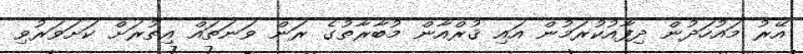
އޭރު މައުހަދުން ދިފާއުކުރަމުން އައި ޤުރްއާން މުބާރާތުގެ ރަން ވަނަތައް އިތުރަށް ކަށަވަރުވި